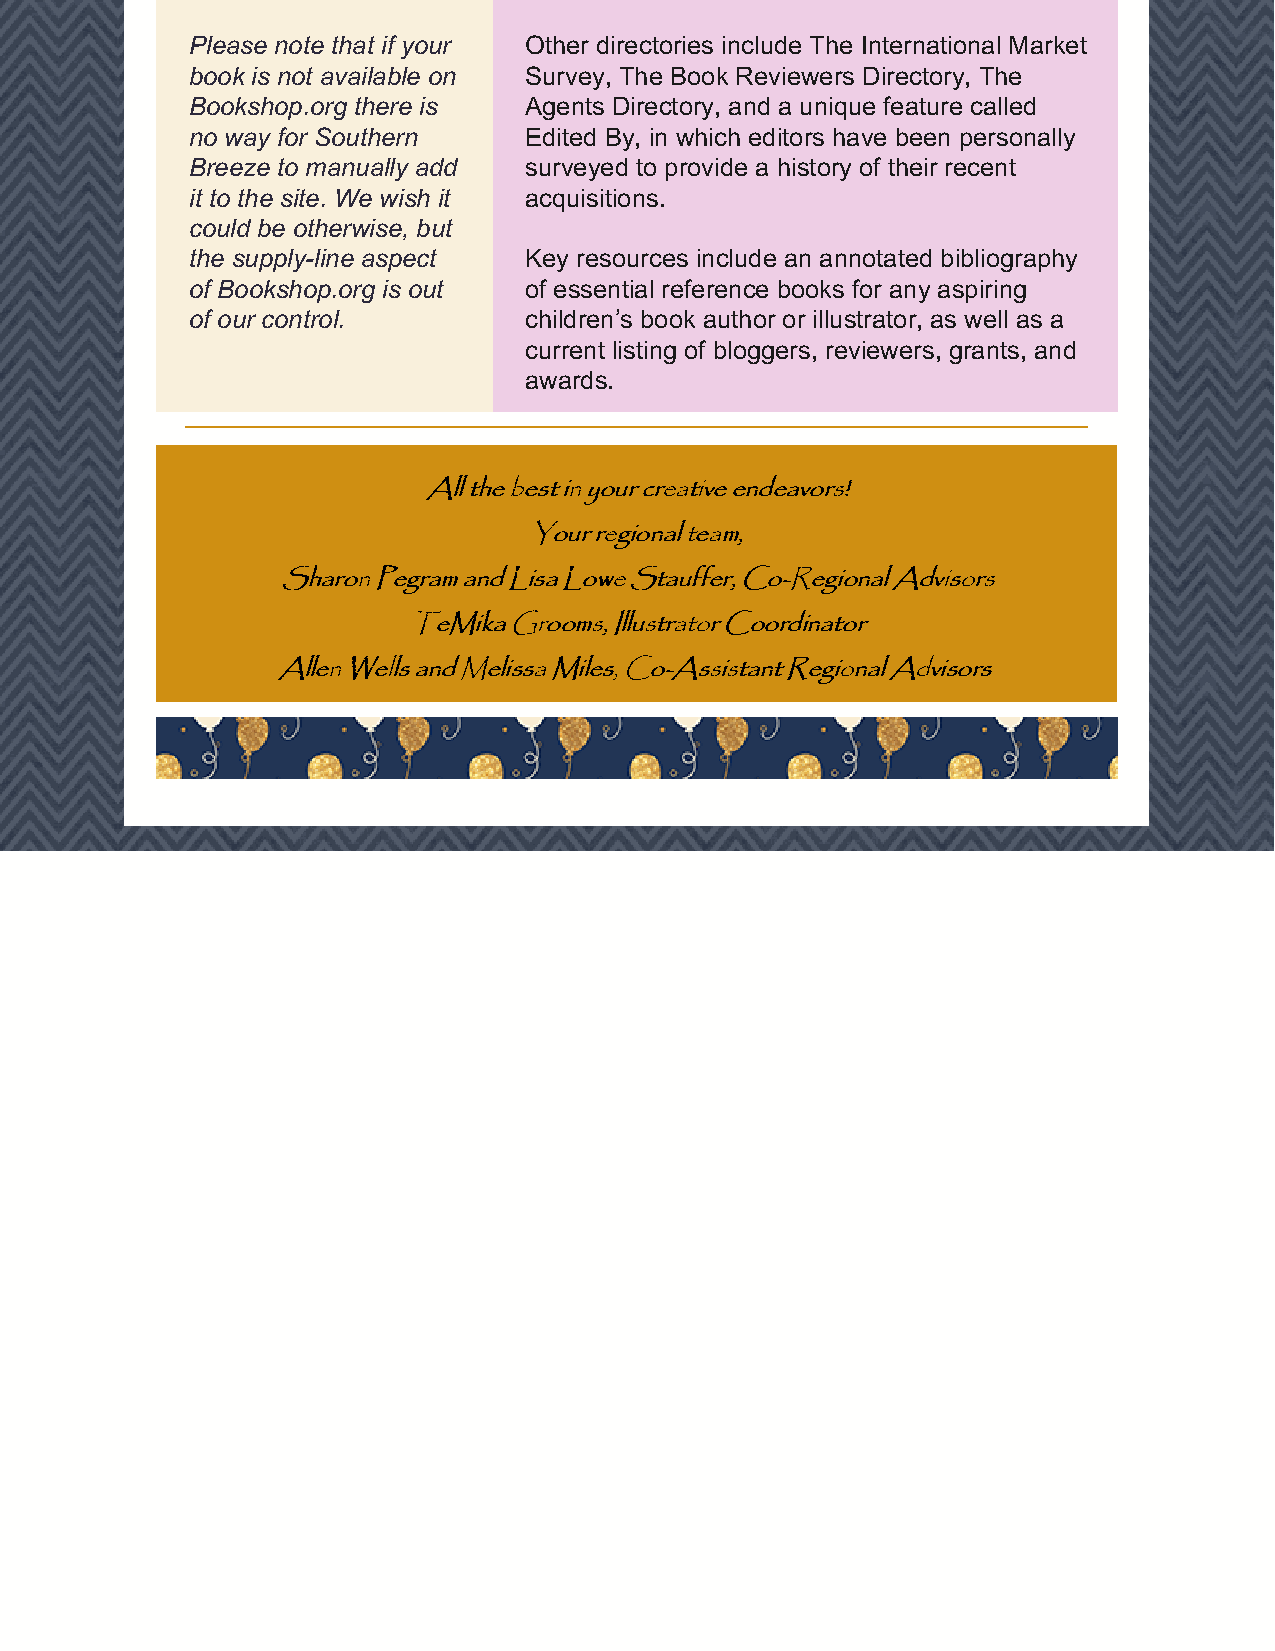
Please note that if your Other directories include The International Market
 book is not available on Survey, The Book Reviewers Directory, The
 Bookshop.org there is Agents Directory, and a unique feature called
 no way for Southern   Edited By, in which editors have been personally
 Breeze to manually add surveyed to provide a history of their recent
 it to the site. We wish it acquisitions.
 could be otherwise, but
 the supply-line aspect Key resources include an annotated bibliography
 of Bookshop.org is out of essential reference books for any aspiring
 of our control.       children’s book author or illustrator, as well as a
 current listing of bloggers, reviewers, grants, and
 awards.
 AAllll tthhee bbeesstt iinn yyoouurr ccrreeaattiivvee eennddeeaavvoorrss!!
 YYoouurr rreeggiioonnaall tteeaamm,,
 SShhaarroonn PPeeggrraamm aanndd LLiissaa LLoowwee SSttaauuffffeerr,, CCoo--RReeggiioonnaall AAddvviissoorrss
 TTeeMMiikkaa GGrroooommss,, IIlllluussttrraattoorr CCoooorrddiinnaattoorr
 AAlllleenn WWeellllss aanndd MMeelliissssaa MMiilleess,, CCoo--AAssssiissttaanntt RReeggiioonnaall AAddvviissoorrss